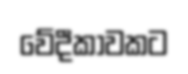
වේදීකාවකට